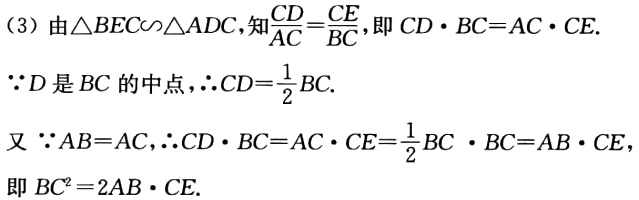
（3）由\(\triangle BEC\sim\triangle ADC\)，知\(\frac{CD}{AC}=\frac{CE}{BC}\)，即 \(CD\cdot BC = AC\cdot CE\).

\(\because D\)是\(BC\)的中点，\(\therefore CD = \frac{1}{2}BC\).

又 \(\because AB = AC\)，\(\therefore CD\cdot BC = AC\cdot CE=\frac{1}{2}BC\cdot BC = AB\cdot CE\)

即 \(BC^{2}=2AB\cdot CE\).